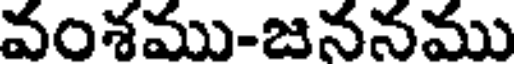
వంశము-జననము